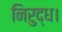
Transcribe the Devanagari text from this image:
निरुद्ध।